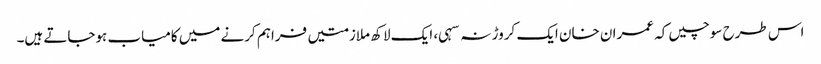
اس طرح سوچیں کہ عمران خان ایک کروڑ نہ سہی، ایک لاکھ ملازمتیں فراہم کرنے میں کامیاب ہوجاتے ہیں۔